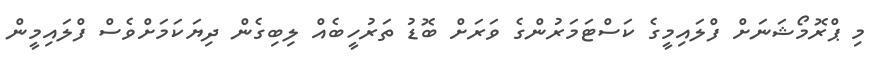
މި ޕްރޮމޯޝަނަށް ފްލައިމީގެ ކަސްޓަމަރުންގެ ވަރަށް ބޮޑު ތަރުހީބެއް ލިބިގެން ދިޔަކަމަށްވެސް ފްލައިމީން